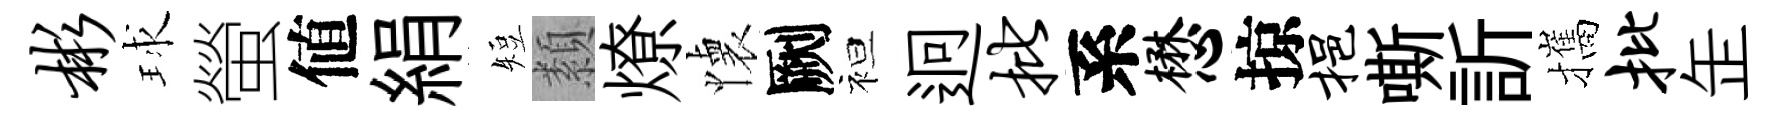
彬球螢値絹短纇燎懐劂袒迥批系懋掠挹嘶訢攜批𦈢